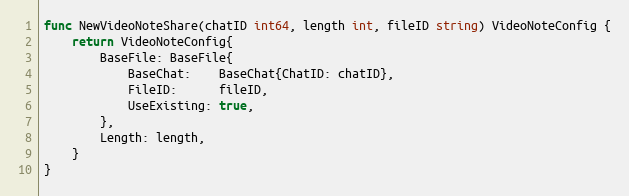
Language: Go
func NewVideoNoteShare(chatID int64, length int, fileID string) VideoNoteConfig {
	return VideoNoteConfig{
		BaseFile: BaseFile{
			BaseChat:    BaseChat{ChatID: chatID},
			FileID:      fileID,
			UseExisting: true,
		},
		Length: length,
	}
}